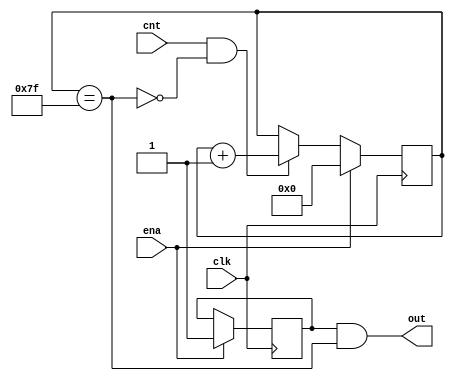
module wdt(clk, ena, cnt, out);
input clk, ena, cnt;
output out;
reg [6:0] timer;
wire timer_top = (timer == 7'd127);
reg internal_enable;
wire out = internal_enable && timer_top;

always @(posedge clk) begin
    if(ena) begin
        internal_enable <= 1;
        timer <= 0;
    end 
    else if(cnt && !timer_top) timer <= timer + 7'd1;
end
endmodule